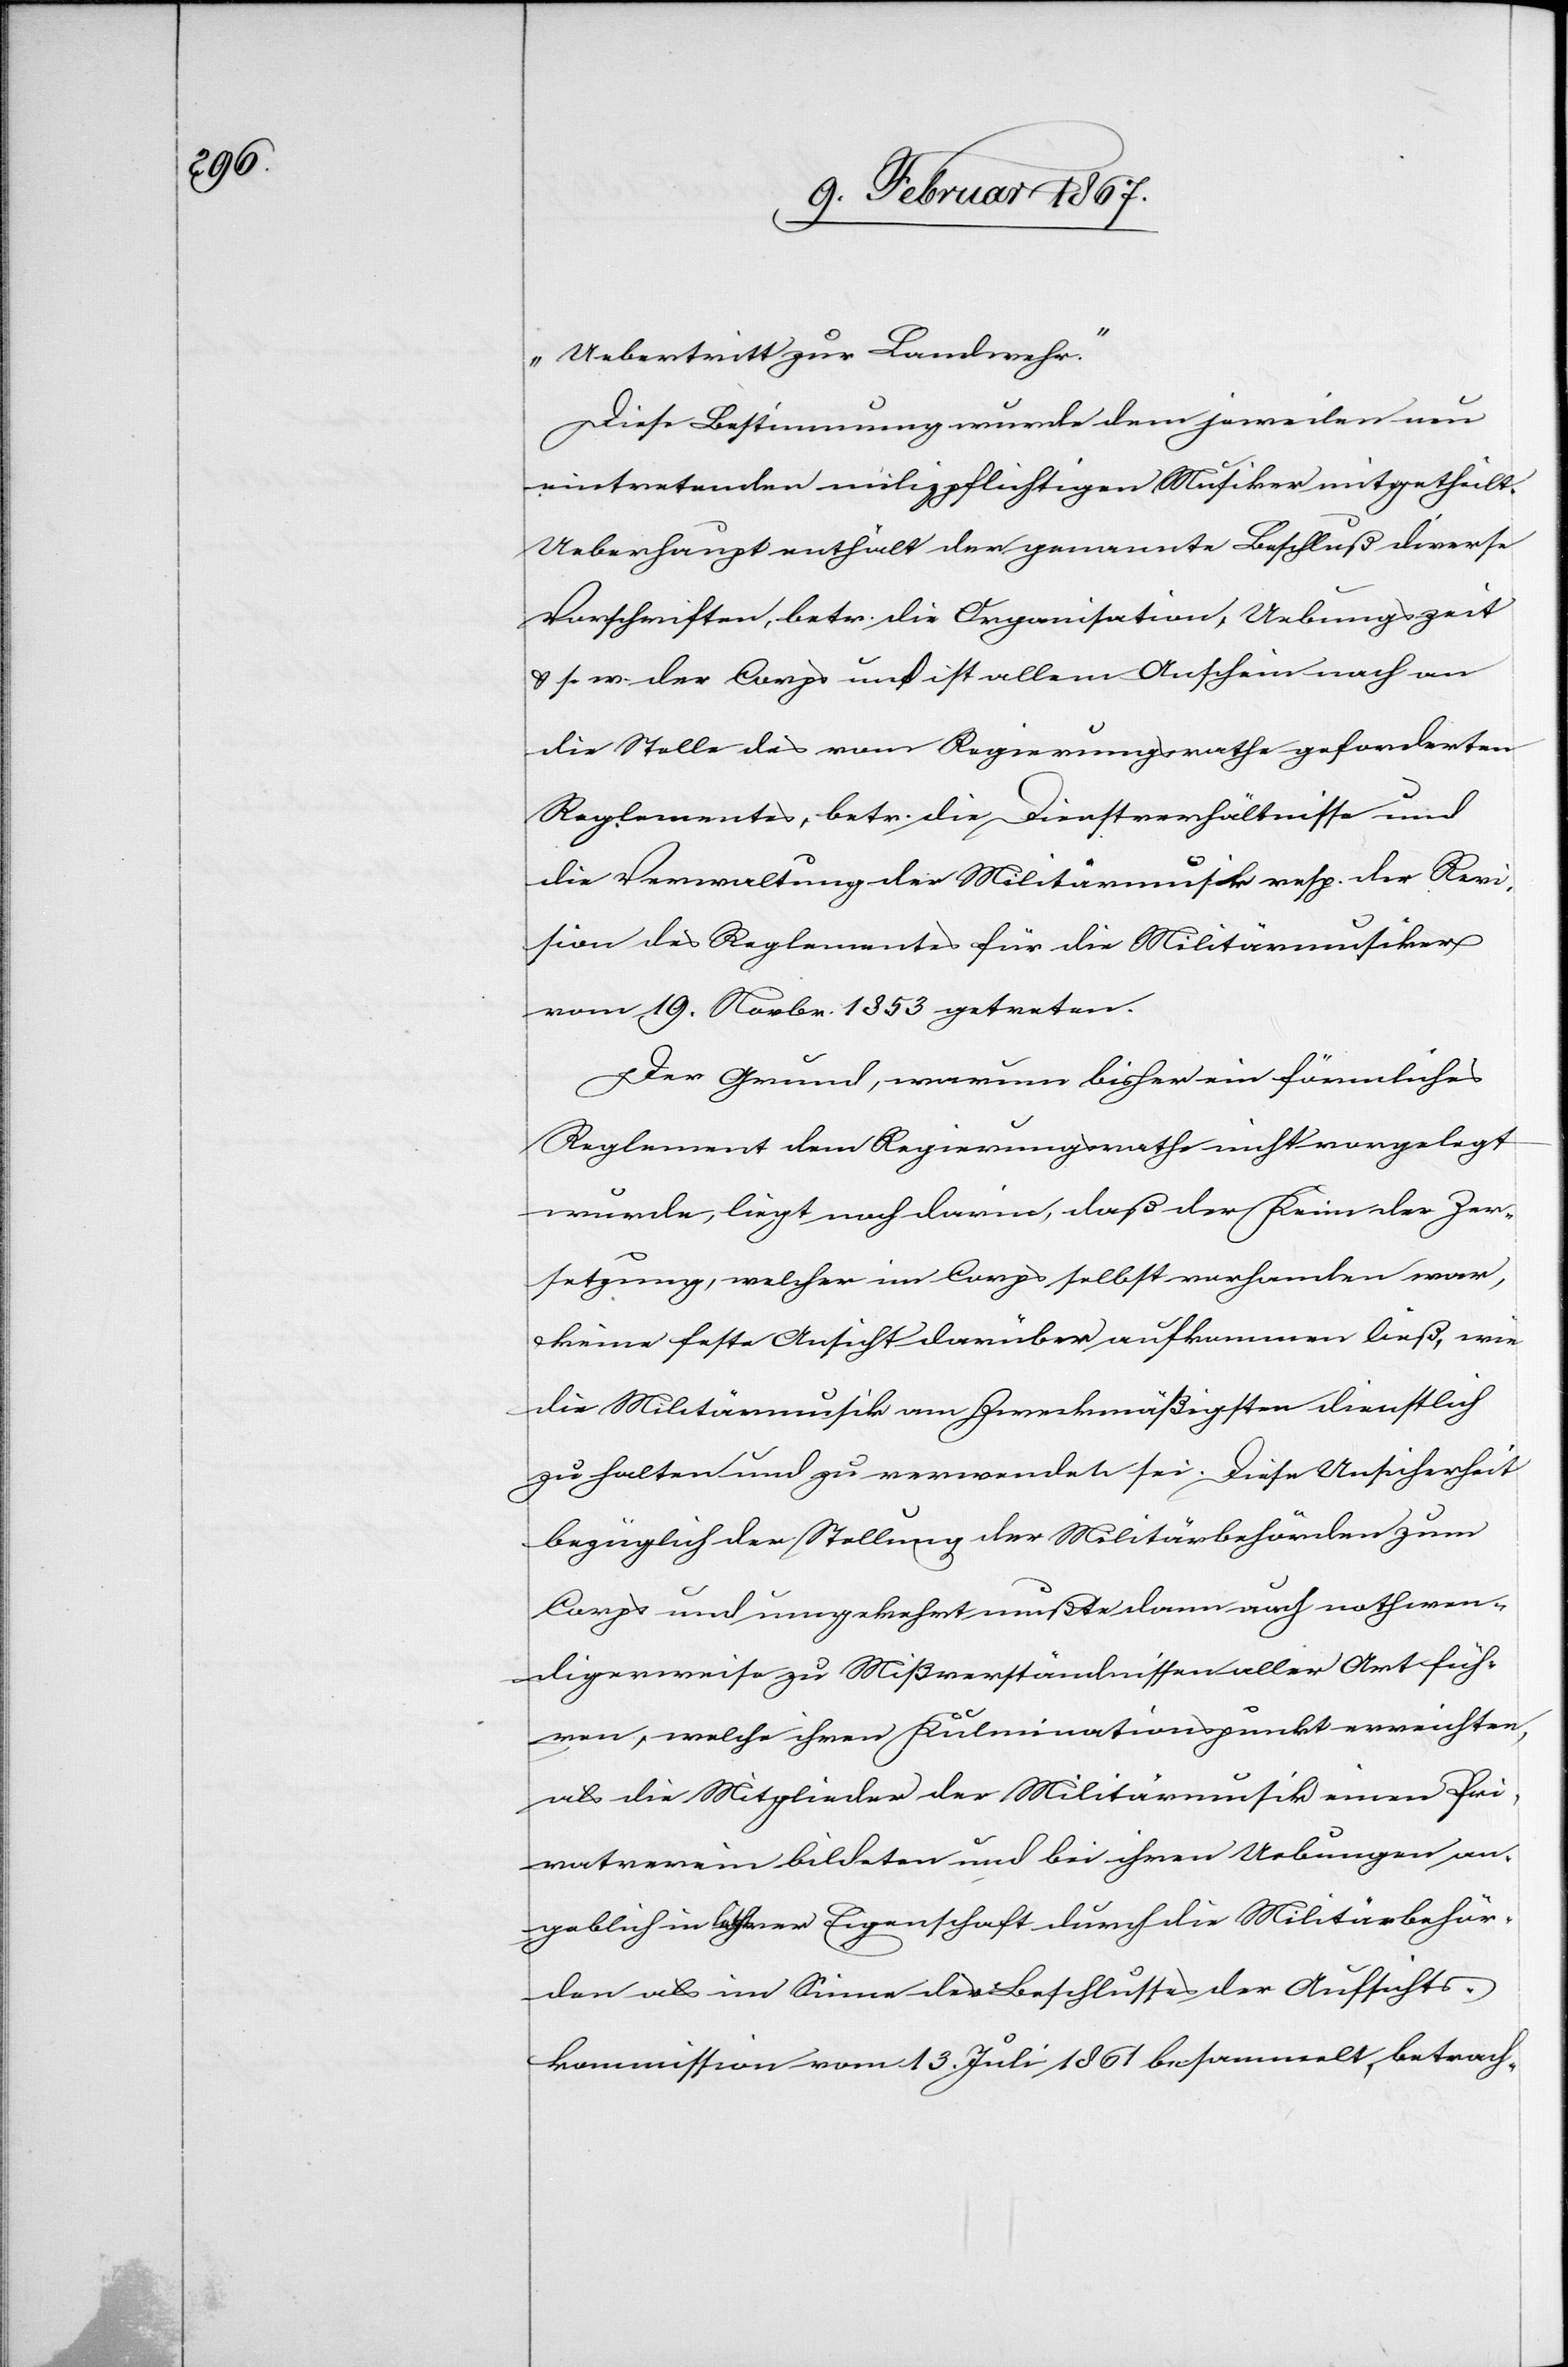
Uebertritt zur Landwehr.“
Diese Bestimmung wurde dem jeweilen neu
eintretenden milizpflichtigen Musiker mitgetheilt.
Ueberhaupt enthält der genannte Beschluß diverse
Vorschriften, betr. die Organisation, Uebungszeit
u. s. w. der Corps und ist allem Anschein nach an
die Stelle des vom Regierungsrathe geforderten
Reglementes, betr. die Dienstverhältnisse und
die Verwaltung der Militärmusik resp. der Revi¬
sion des Reglementes für die Militärmusiker
vom 19. Novbr. 1853 getreten.
Der Grund, warum bisher ein förmliches
Reglement dem Regierungsrathe nicht vorgelegt
wurde, liegt noch darin, daß der Keim der Zer¬
setzung, welcher im Corps selbst vorhanden war,
keine feste Ansicht darüber aufkommen ließ, wie
die Militärmusik am Zweckmäßigsten dienstlich
zu halten und zu verwenden sei. Diese Unsicherheit
bezüglich der Stellung der Militärbehörden zum
Corps und umgekehrt mußte dann auch nothwen¬
digerweise zu Mißverständnissen aller Art füh¬
ren, welche ihren Kulminationspunkt erreichten,
als die Mitglieder der Militärmusik einen Pri¬
vatverein bildeten und bei ihren Uebungen an¬
geblich in [?ihrer] Eigenschaft durch die Militärbehör¬
den als im Sinne des Beschlusses der Aufsichts¬
kommission vom 13. Juli 1861 besammelt, betrach-